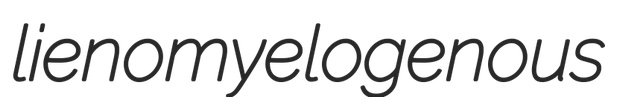
lienomyelogenous